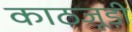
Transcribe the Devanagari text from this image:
काठजूड़ी